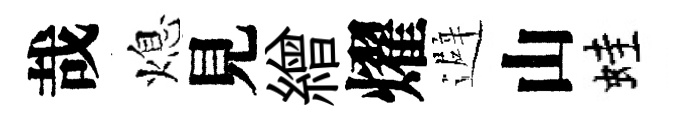
哉熄見繒燿避山蛙